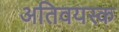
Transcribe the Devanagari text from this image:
अतिवयस्क